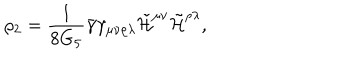
\rho _ { 2 } = \frac { 1 } { 8 G _ { 5 } } \bar { \gamma } \gamma _ { \mu \nu \rho \lambda } \tilde { \cal H } ^ { \mu \nu } \tilde { \cal H } ^ { \rho \lambda } ,